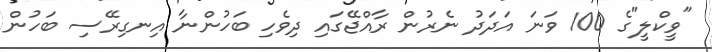
"ވީކްލީ"ގެ 100 ވަނަ އަދަދު ނެރުން ރާއްޖޭގައި ދިވެހި ބަހުންނާ އިނގިރޭސި ބަހުން